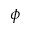
\phi